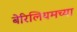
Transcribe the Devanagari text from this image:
बेरिलियमच्या